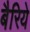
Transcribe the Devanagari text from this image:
बैरिये